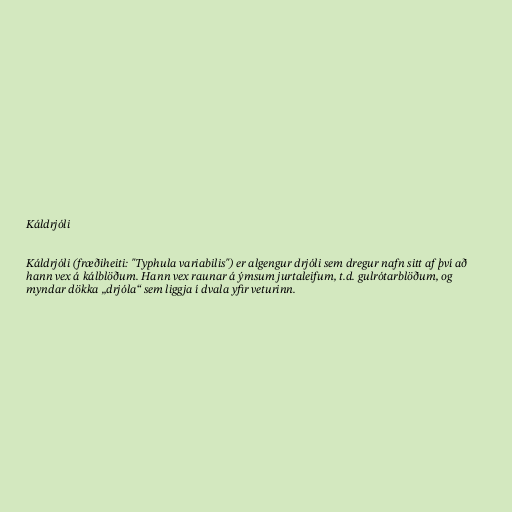
Káldrjóli

Káldrjóli (fræðiheiti: "Typhula variabilis") er algengur drjóli sem dregur nafn sitt af því að
hann vex á kálblöðum. Hann vex raunar á ýmsum jurtaleifum, t.d. gulrótarblöðum, og
myndar dökka „drjóla“ sem liggja í dvala yfir veturinn.